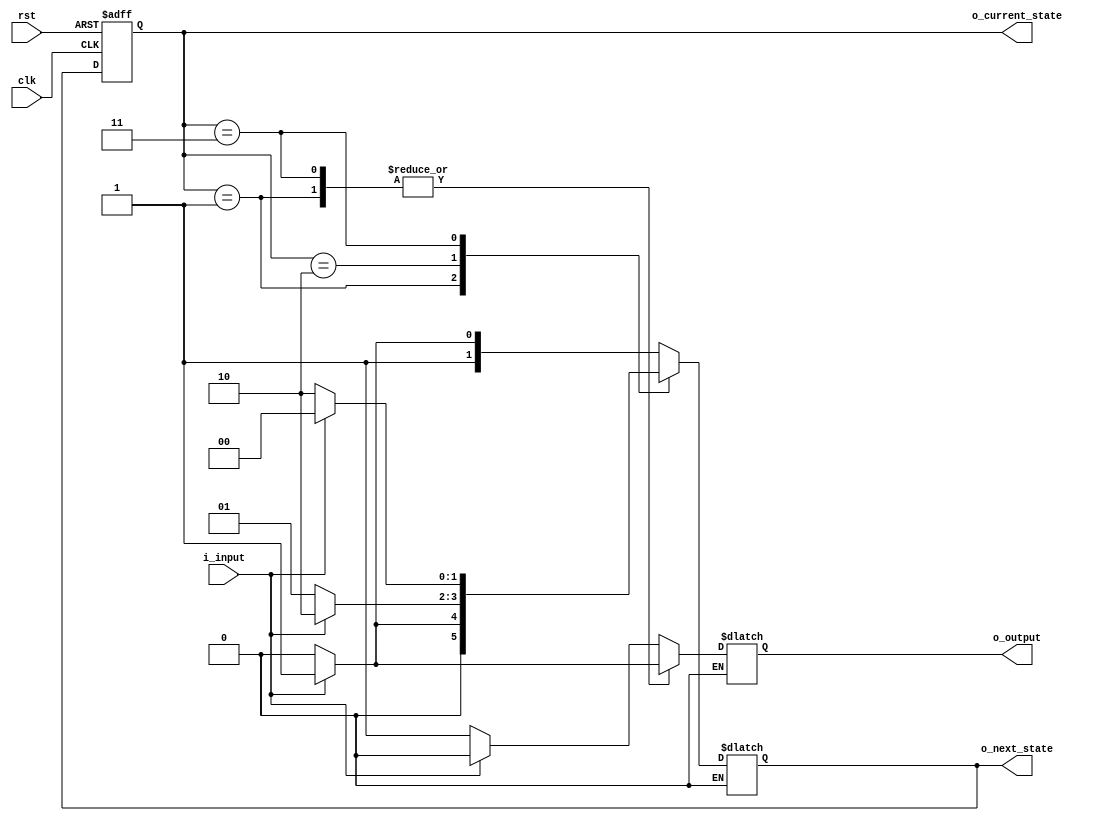
module mealy_fsm ( input wire clk,
                   input wire rst,
                   input wire i_input,
                   output reg o_output,
                   output wire [1:0] o_current_state,
                   output wire [1:0] o_next_state
                  );
  reg [1:0] current_state;
  reg [1:0] next_state;
  localparam  i_val_a = 1'b0;
  localparam  i_val_b = 1'b1;
  localparam  STATE_P = 2'b00;
  localparam  STATE_Q = 2'b01;
  localparam  STATE_R = 2'b10;
  localparam  STATE_T = 2'b11;
  always @ ( posedge clk, posedge rst ) begin
    if ( rst == 1'b1 ) begin
      current_state <= 2'b0;
    end else if ( clk == 1'b1) begin
      current_state <= next_state;
    end
  end
  assign o_current_state = current_state;
  assign o_next_state = next_state;
  always @ ( * ) begin
    case (current_state)
      STATE_P: begin
        if (i_input == i_val_a) begin
          next_state = STATE_R;
        end else if (i_input == i_val_b) begin
          next_state = STATE_T;
        end
      end
      STATE_Q: begin
        if (i_input == i_val_a) begin
          next_state = STATE_P;
        end else if (i_input == i_val_b) begin
          next_state = STATE_Q;
        end
      end
      STATE_R: begin
        if (i_input == i_val_a) begin
          next_state = STATE_Q;
        end else if (i_input == i_val_b) begin
          next_state = STATE_R;
        end
      end
      STATE_T: begin
        if (i_input == i_val_a) begin
          next_state = STATE_R;
        end else if (i_input == i_val_b) begin
          next_state = STATE_P;
        end
      end
    endcase
  end
  always @ ( * ) begin
    case (current_state)
      STATE_P: begin
        if (i_input == i_val_a) begin
          o_output = 1'b1;
        end else if (i_input == i_val_b) begin
          o_output = 1'b0;
        end
      end
      STATE_Q: begin
        if (i_input == i_val_a) begin
          o_output = 1'b0;
        end else if (i_input == i_val_b) begin
          o_output = 1'b1;
        end
      end
      STATE_R: begin
        if (i_input == i_val_a) begin
          o_output = 1'b1;
        end else if (i_input == i_val_b) begin
          o_output = 1'b0;
        end
      end
      STATE_T: begin
        if (i_input == i_val_a) begin
          o_output = 1'b0;
        end else if (i_input == i_val_b) begin
          o_output = 1'b1;
        end
      end
    endcase
  end
endmodule